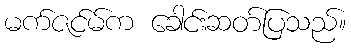
မက်ဇင်မ်က ခေါင်းဆတ်ပြသည်။